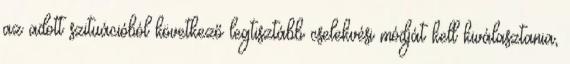
az adott szituációból következő legtisztább cselekvési módját kell kiválasztania,